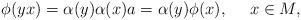
LaTeX: \begin{align*}\phi(yx)=\alpha(y)\alpha(x)a=\alpha(y)\phi(x),\ \ \ \ x\in M,\end{align*}